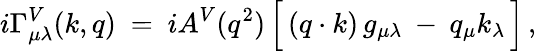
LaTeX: i\Gamma_{\mu\lambda}^{V}(k,q)\ =\ iA^{V}(q^{2})\, \Big[\, (q\cdot k)\, g_{\mu\lambda}\: -\: q_{\mu}k_{\lambda}\, \Big]\, ,